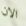
الان